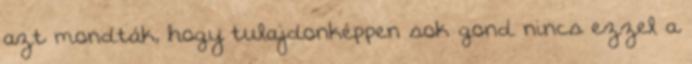
azt mondták, hogy tulajdonképpen sok gond nincs ezzel a